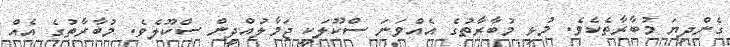
ގެންދިޔަ މުބާރާތެކެވެ. މުޅި މުބާރާތުގެ އެއްވަނަ ސްކޫލަކީ ޖަމާލުއްދީން ސްކޫލެވެ. މުބާރާތުގެ އެއް